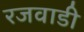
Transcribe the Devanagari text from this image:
रजवाडी